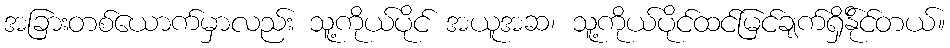
အခြားတစ်ယောက်မှာလည်း သူ့ကိုယ်ပိုင် အယူအဆ၊ သူ့ကိုယ်ပိုင်ထင်မြင်ချက်ရှိနို်င်တယ်။